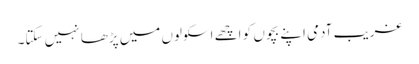
غریب آدمی اپنے بچوں کو اچھے اسکولوں میں پڑھا نہیں سکتا۔